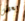
بعض